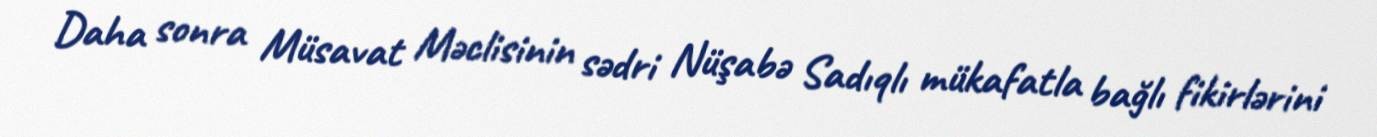
Daha sonra Müsavat Məclisinin sədri Nüşabə Sadıqlı mükafatla bağlı fikirlərini